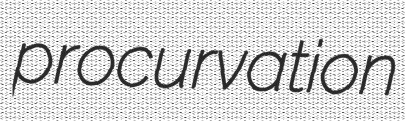
procurvation